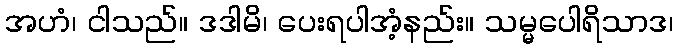
အဟံ၊ ငါသည်။ ဒဒါမိ၊ ပေးရပါအံ့နည်း။ သမ္မပေါရိသာဒ၊